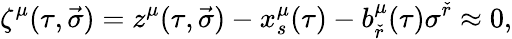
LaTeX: \zeta^{\mu}(\tau,\vec{\sigma})=z^{\mu}(\tau,\vec{\sigma})-x_{s}^{\mu}(\tau)-b_{\check{r}}^{\mu}(\tau)\sigma^{\check{r}}\approx 0,